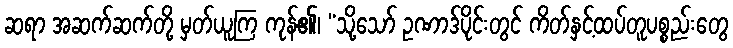
ဆရာ အဆက်ဆက်တို့ မှတ်ယူကြ ကုန်၏၊ “သို့သော် ဥဏာဒ်ပိုင်းတွင် ကိတ်နှင့်ထပ်တူပစ္စည်းတွေ